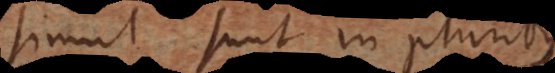
simul sunt in pluribus